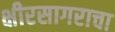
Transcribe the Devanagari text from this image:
क्षीरसागराचा